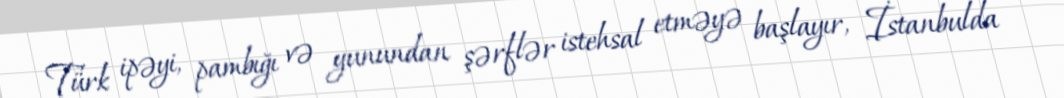
Türk ipəyi, pambığı və yunundan şərflər istehsal etməyə başlayır, İstanbulda